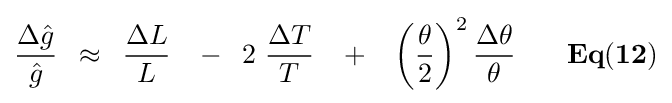
{{\Delta {\hat {g}}} \over {\hat {g}}}\,\,\,\approx \,\,\,{{\Delta L} \over L}\,\,\,\,\,-\,\,\,2\,\,{{\Delta T} \over T}\,\,\,\,\,+\,\,\,\,\,\left({\theta  \over 2}\right)^{2}{{\Delta \theta } \over \theta }{\mathbf {\,\,\,\,\,\,\,\,\,\,\,Eq(12)} }